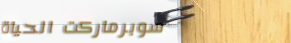
سوبرماركت الحياة